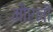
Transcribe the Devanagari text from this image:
मौरनी